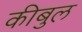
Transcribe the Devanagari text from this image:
कीबुल